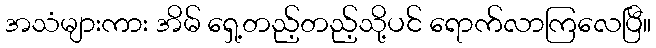
အသံများကား အိမ် ရှေ့တည့်တည့်သို့ပင် ရောက်လာကြလေပြီ။